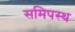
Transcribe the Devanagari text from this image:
समिपस्थ